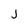
Character: j